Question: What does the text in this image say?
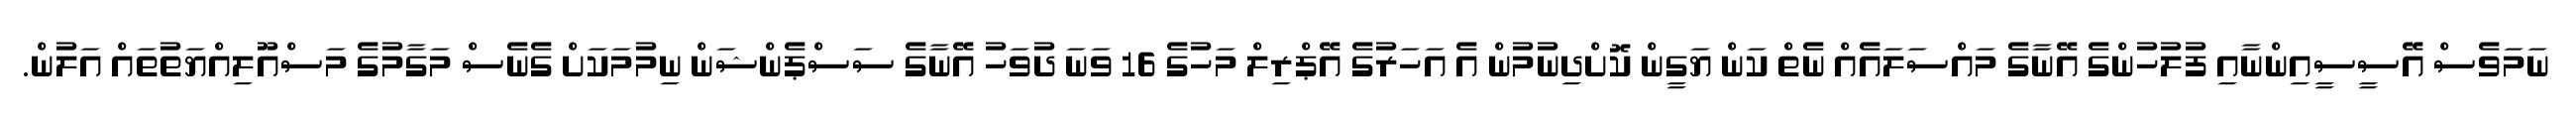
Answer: ނަމަވެސް އޭސީސީއިންނާއި ފުލުހުންގެ އޭނާގެ މައްސަލައެއް ނެތް ކަން ޔަގީން ކޮށްދިނުމުން އެ އަހަރުގެ އޭޕްރިލް މަހުގެ 16 ވަނަ ދުވަހު އޭނާގެ ސަސްޕެންޝަން ނިމުމަކަށް ގެނެސް މަގާމުގެ މަސްއޫލިއްޔަތުތައް އަލުން.